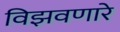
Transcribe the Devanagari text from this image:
विझवणारे